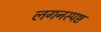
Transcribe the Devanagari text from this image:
लगनस्पष्ट